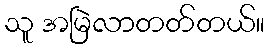
သူ အမြဲလာတတ်တယ်။